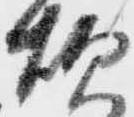
炊